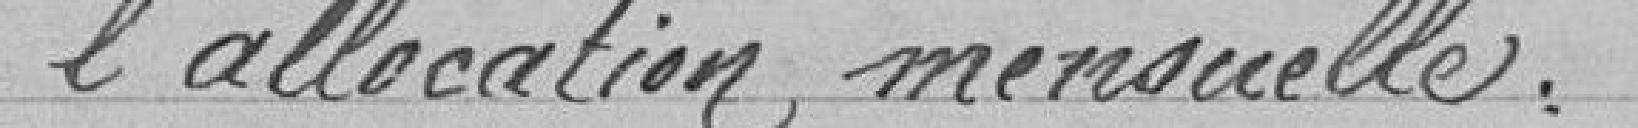
l'allocation mensuelle